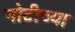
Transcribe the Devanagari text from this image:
गोटीच्या